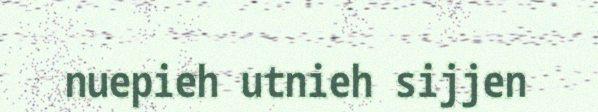
nuepieh utnieh sijjen